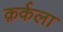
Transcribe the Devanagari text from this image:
क़र्कला